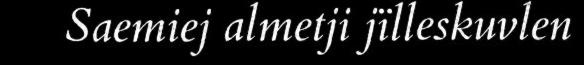
Saemiej almetji jïlleskuvlen